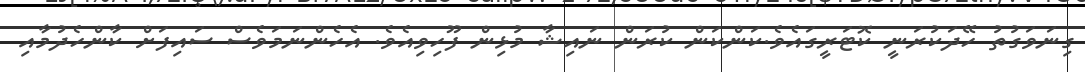
ގިނަވަގުތު ހޭދަކުރަނީ ކޮޓަރީގައެވެ.ކަންކަން ކުރަން ނައިޝާ މުޅިން ފޫހިވިއެވެ. އެހެންނަމަވެސް ސައިފަށް ކާންހެދުމާއި